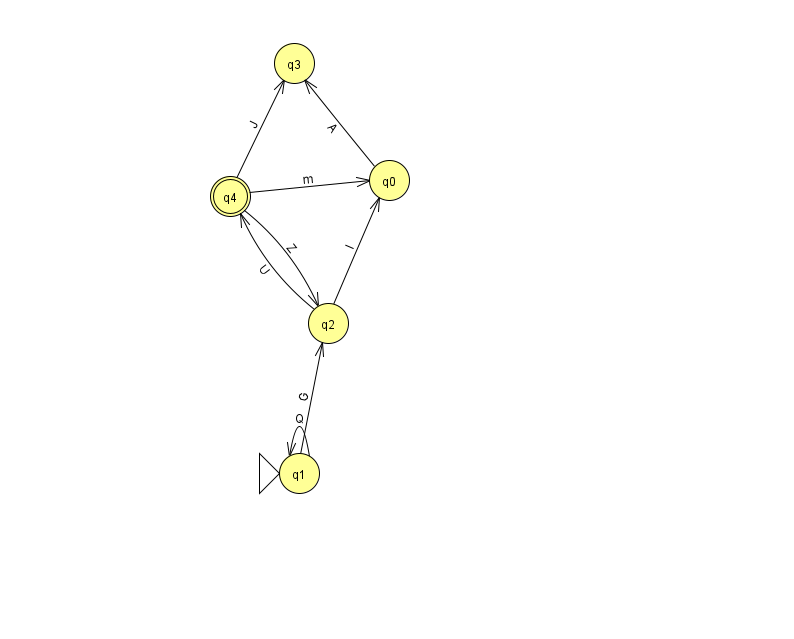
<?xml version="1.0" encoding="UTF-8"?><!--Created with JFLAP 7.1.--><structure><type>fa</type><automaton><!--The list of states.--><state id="0" name="q0"><x>389.0</x><y>167.0</y></state><state id="1" name="q1"><x>299.0</x><y>460.0</y><initial/></state><state id="2" name="q2"><x>328.0</x><y>310.0</y></state><state id="3" name="q3"><x>294.0</x><y>50.0</y></state><state id="4" name="q4"><x>230.0</x><y>183.0</y><final/></state><!--The list of transitions.--><transition><from>4</from><to>3</to><read>J</read></transition><transition><from>1</from><to>1</to><read>Q</read></transition><transition><from>1</from><to>2</to><read>G</read></transition><transition><from>2</from><to>0</to><read>l</read></transition><transition><from>4</from><to>2</to><read>Z</read></transition><transition><from>2</from><to>4</to><read>U</read></transition><transition><from>4</from><to>0</to><read>m</read></transition><transition><from>0</from><to>3</to><read>A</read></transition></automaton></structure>